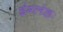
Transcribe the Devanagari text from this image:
इंग्लंडः